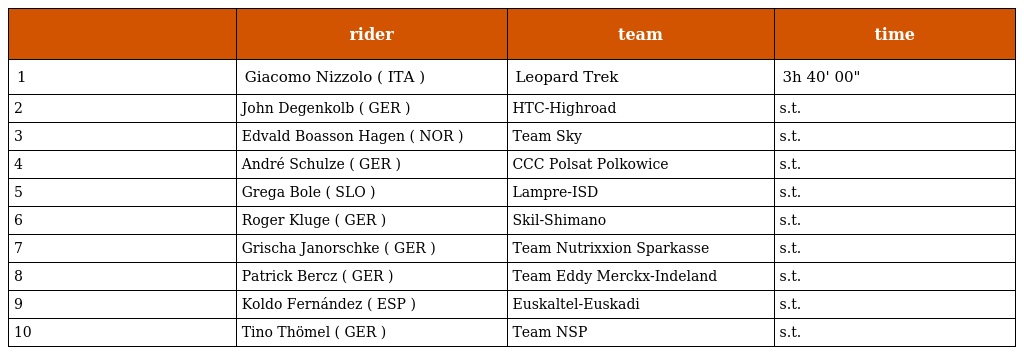
|  | rider | team | time |
 | --- | --- | --- | --- |
 | 1 | Giacomo Nizzolo ( ITA ) | Leopard Trek | 3h 40' 00" |
 | 2 | John Degenkolb ( GER ) | HTC-Highroad | s.t. |
 | 3 | Edvald Boasson Hagen ( NOR ) | Team Sky | s.t. |
 | 4 | André Schulze ( GER ) | CCC Polsat Polkowice | s.t. |
 | 5 | Grega Bole ( SLO ) | Lampre-ISD | s.t. |
 | 6 | Roger Kluge ( GER ) | Skil-Shimano | s.t. |
 | 7 | Grischa Janorschke ( GER ) | Team Nutrixxion Sparkasse | s.t. |
 | 8 | Patrick Bercz ( GER ) | Team Eddy Merckx-Indeland | s.t. |
 | 9 | Koldo Fernández ( ESP ) | Euskaltel-Euskadi | s.t. |
 | 10 | Tino Thömel ( GER ) | Team NSP | s.t. |